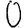
Digit: 0